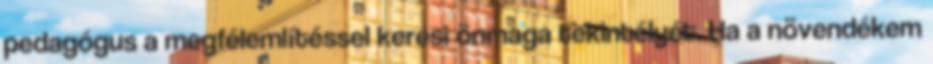
pedagógus a megfélemlítéssel keresi önmaga tekintélyét. Ha a növendékem